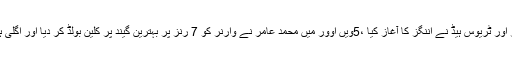
برسبین کے وولن گاباسٹیڈیم میں کھیلے جا رہے میچ میں آسٹریلیا کی جانب سے ڈیوڈ وارنر اور ٹریوس ہیڈ نے اننگز کا آغاز کیا ،5ویں اوور میں محمد عامر نے وارنر کو 7 رنز پر بہترین گیند پر کلین بولڈ کر دیا اور اگلی ہی گیند پر سٹیو سمتھ کو بھی وکٹوں کے پیچھے محمد رضوان کے ہاتھوں کیچ آؤٹ کرادیا۔